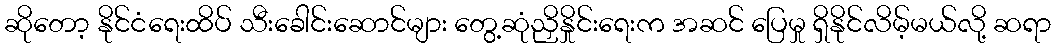
ဆိုတော့ နိုင်ငံရေးထိပ် သီးခေါင်းဆောင်များ တွေ့ဆုံညှိနှိုင်းရေးက အဆင် ပြေမှု ရှိနိုင်လိမ့်မယ်လို့ ဆရာ